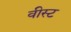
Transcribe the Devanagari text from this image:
वीस्ट